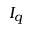
I _ { q }